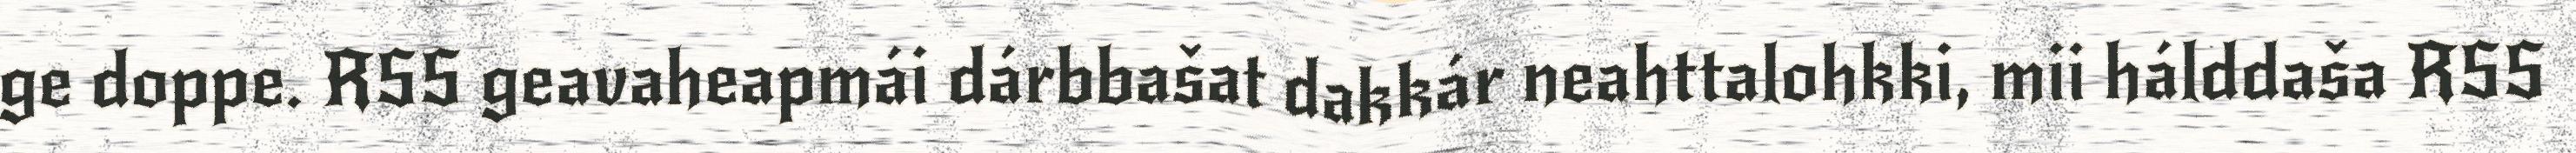
ge doppe. RSS geavaheapmái dárbbašat dakkár neahttalohkki, mii hálddaša RSS